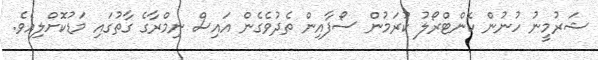
ޝަރުމީނު ހުނުން ކޮންޓްރޯލު ކުރަމުން ސޯފާއިން ތެދުވެގެން އައިސް ނިމްރާގެ ގާތުގައި މަޑުކޮށްލިއެވެ.